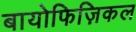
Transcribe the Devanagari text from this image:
बायोफिज़िकल